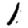
Digit: 1